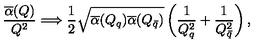
{ \frac { \overline { \alpha } ( Q ) } { Q ^ { 2 } } } \Longrightarrow { \frac { 1 } { 2 } } \sqrt { \overline { \alpha } ( Q _ { q } ) \overline { \alpha } ( Q _ { \bar { q } } ) } \left( { \frac { 1 } { Q _ { q } ^ { 2 } } } + { \frac { 1 } { Q _ { \bar { q } } ^ { 2 } } } \right) ,